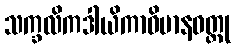
သက္ခလိကဒါယိကာဝိမာနဝတ္ထု